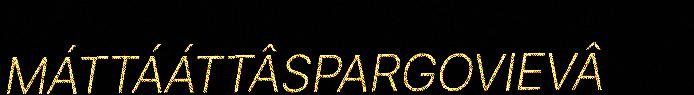
MÁTTÁÁTTÂSPARGOVIEVÂ